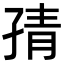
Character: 𭓉